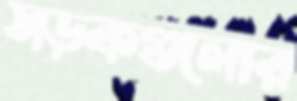
সড়কগুলোর